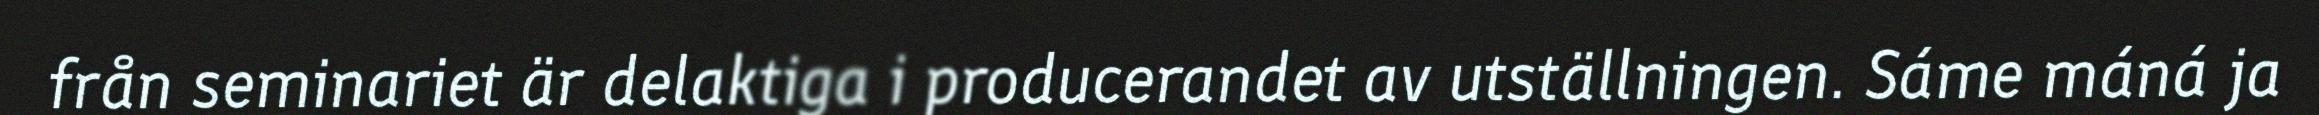
från seminariet är delaktiga i producerandet av utställningen. Sáme máná ja